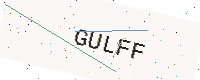
Text: GULFF